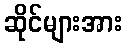
ဆိုင်များအား